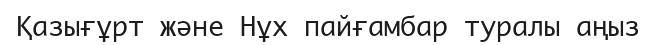
Қазығұрт және Нұх пайғамбар туралы аңыз